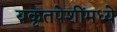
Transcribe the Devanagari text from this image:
यकृतपेशींमध्ये